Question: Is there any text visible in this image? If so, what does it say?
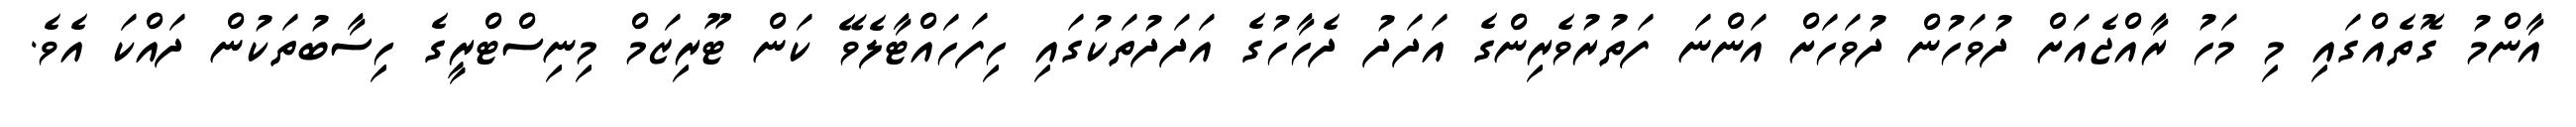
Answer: އާންމު ގޮތެއްގައި މި މަހު ރާއްޖެއަށް ދުވަހުން ދުވަހަށް އަންނަ ފަތުރުވެރިންގެ އަދަދު ދެހާހުގެ އަދަދުތަކުގައި ހިފަހައްޓާލެވޭ ކަން ޓޫރިޒަމް މިނިސްޓްރީގެ ހިސާބުތަކުން ދައްކަ އެވެ.